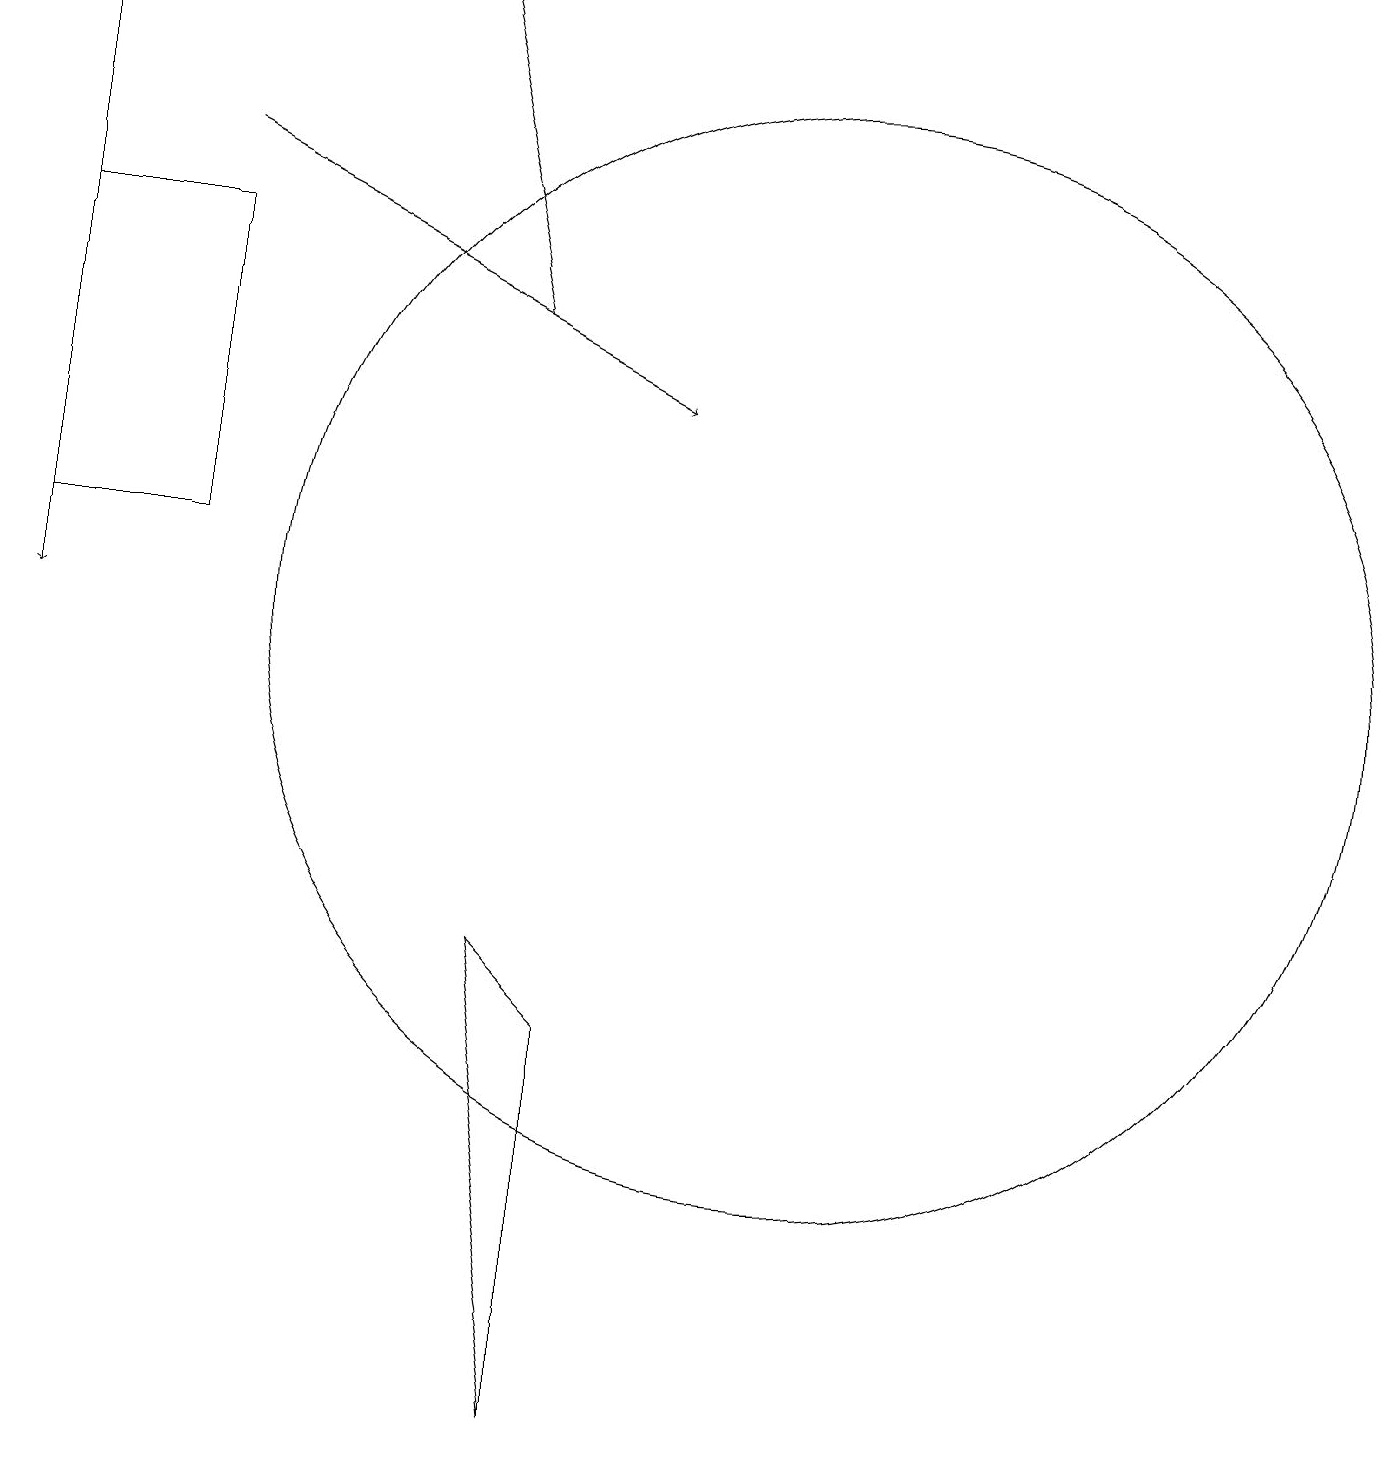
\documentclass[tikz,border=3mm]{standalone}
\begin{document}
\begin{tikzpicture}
\draw[->] (3,16) -- (9,13);
\draw[->] (7,14) -- (6,18);
\draw (8,5) -- (8,0) -- (7,6) -- cycle;
\draw[->] (1,18) -- (1,10);
\draw (11,10) circle (7);
\draw (1,11) rectangle (3,15);
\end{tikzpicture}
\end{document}